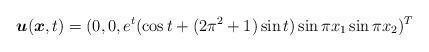
LaTeX: \begin{align*} \boldsymbol{u}(\boldsymbol{x},t) = (0,0,e^t (\cos{t} + (2\pi^2 +1) \sin{t}) \sin{\pi x_1} \sin{\pi x_2} )^T\end{align*}